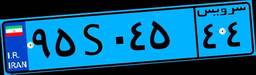
۹۵S۰۴۵۴۴